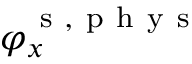
\varphi _ { x } ^ { \mathrm { ~ s ~ } , \mathrm { ~ p ~ h ~ y ~ s ~ } }